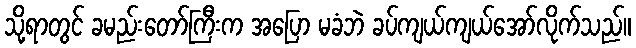
သို့ရာတွင် ခမည်းတော်ကြီးက အပြော မခံဘဲ ခပ်ကျယ်ကျယ်အော်လိုက်သည်။